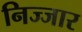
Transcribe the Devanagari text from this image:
निज्जार